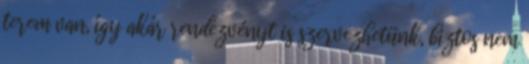
terem van, így akár rendezvényt is szervezhetünk, biztos nem